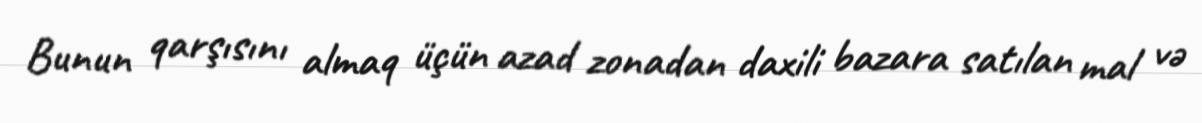
Bunun qarşısını almaq üçün azad zonadan daxili bazara satılan mal və